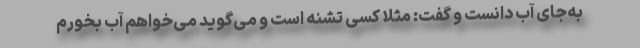
به‌جای آب دانست و گفت: مثلاً کسی تشنه است و می‌گوید می‌خواهم آب بخورم